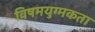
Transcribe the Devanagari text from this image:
विषमयुग्मकता